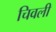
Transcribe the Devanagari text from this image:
चिवली